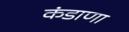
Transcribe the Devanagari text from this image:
कंडाणा